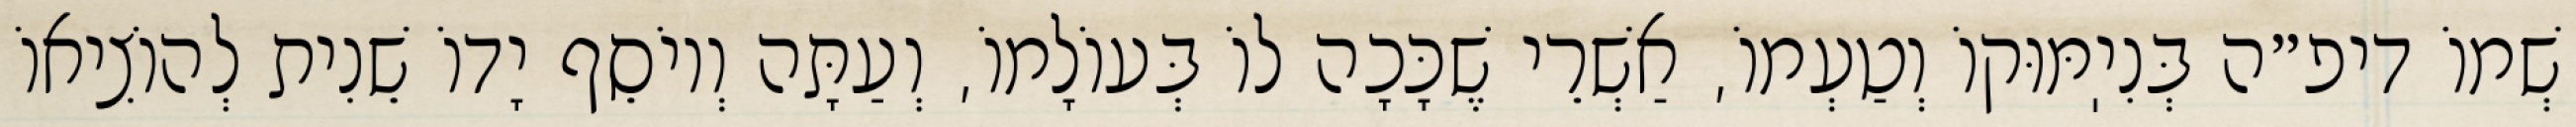
שְׁמוֹ דיפ״ה בְּנִיֽמּוּקוֹ וְטַעְמוֹ, אַשְׁרֵי שֶׁכָּכָה לוֹ בְּעוֹלָמוֹ, וְעַתָּה וְיוֹסֵף יָדוֹ שֵׁנִית לְהוֹצִיאוֹ